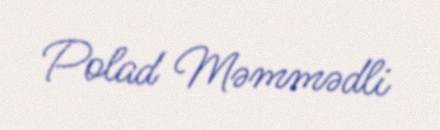
Polad Məmmədli